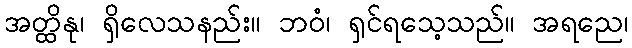
အတ္ထိနု၊ ရှိလေသနည်း။ ဘဝံ၊ ရှင်ရသေ့သည်။ အရညေ၊